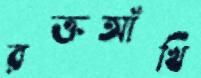
রক্তআঁখি